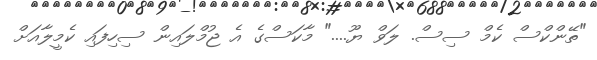
"ތޭންކްސް ކެމް ސިސް. ލަވް ޔޫ...." މާކަސްގެ އެ ޖުމްލައިން ސިހިފައި ކެމީލާއަށް